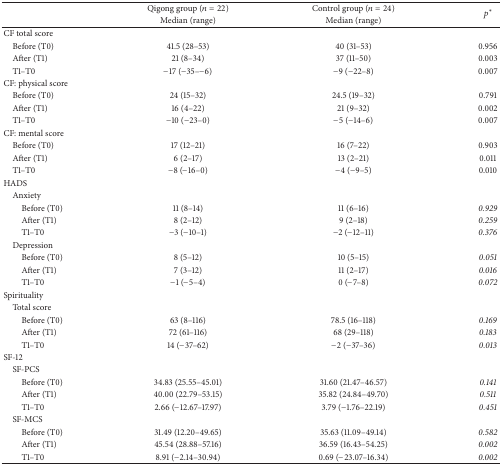
<table><thead><tr><td><b> </b></td><td><b>Qigong group (<i>n</i> = 22)</b></td><td><b>Control group (<i>n</i> = 24)</b></td><td rowspan="2"><b><i>p</i><sup><i>∗</i></sup></b></td></tr><tr><td><b> </b></td><td><b>Median (range)</b></td><td><b>Median (range)</b></td></tr></thead><tbody><tr><td>CF total score</td><td> </td><td> </td><td> </td></tr><tr><td> Before (T0)</td><td>41.5 (28–53)</td><td>40 (31–53)</td><td>0.956</td></tr><tr><td> After (T1)</td><td>21 (8–34)</td><td>37 (11–50)</td><td>0.003</td></tr><tr><td> T1–T0</td><td>−17 (−35–−6)</td><td>−9 (−22–8)</td><td>0.007</td></tr><tr><td>CF: physical score </td><td> </td><td> </td><td> </td></tr><tr><td> Before (T0)</td><td>24 (15–32)</td><td>24.5 (19–32)</td><td>0.791</td></tr><tr><td> After (T1)</td><td>16 (4–22)</td><td>21 (9–32)</td><td>0.002</td></tr><tr><td> T1–T0</td><td>−10 (−23–0)</td><td>−5 (−14–6)</td><td>0.007</td></tr><tr><td>CF: mental score </td><td> </td><td> </td><td> </td></tr><tr><td> Before (T0)</td><td>17 (12–21)</td><td>16 (7–22)</td><td>0.903</td></tr><tr><td> After (T1)</td><td>6 (2–17)</td><td>13 (2–21)</td><td>0.011</td></tr><tr><td> T1–T0</td><td>−8 (−16–0)</td><td>−4 (−9–5)</td><td>0.010</td></tr><tr><td>HADS</td><td> </td><td> </td><td> </td></tr><tr><td> Anxiety</td><td> </td><td> </td><td> </td></tr><tr><td>Before (T0)</td><td>11 (8–14)</td><td>11 (6–16)</td><td><i>0.929 </i></td></tr><tr><td>After (T1)</td><td>8 (2–12)</td><td>9 (2–18)</td><td><i>0.259 </i></td></tr><tr><td>T1–T0</td><td>−3 (−10–1)</td><td>−2 (−12–11)</td><td><i>0.376 </i></td></tr><tr><td> Depression</td><td> </td><td> </td><td> </td></tr><tr><td>Before (T0)</td><td>8 (5–12)</td><td>10 (5–15)</td><td><i>0.051 </i></td></tr><tr><td>After (T1)</td><td>7 (3–12)</td><td>11 (2–17)</td><td><i>0.016 </i></td></tr><tr><td>T1–T0</td><td>−1 (−5–4)</td><td>0 (−7–8)</td><td><i>0.072 </i></td></tr><tr><td>Spirituality</td><td> </td><td> </td><td> </td></tr><tr><td> Total score</td><td> </td><td> </td><td> </td></tr><tr><td>Before (T0)</td><td>63 (8–116)</td><td>78.5 (16–118)</td><td><i>0.169 </i></td></tr><tr><td>After (T1)</td><td>72 (61–116)</td><td>68 (29–118)</td><td><i>0.183 </i></td></tr><tr><td>T1–T0</td><td>14 (−37–62)</td><td>−2 (−37–36)</td><td><i>0.013 </i></td></tr><tr><td>SF-12</td><td> </td><td> </td><td> </td></tr><tr><td> SF-PCS</td><td> </td><td> </td><td> </td></tr><tr><td>Before (T0)</td><td>34.83 (25.55–45.01)</td><td>31.60 (21.47–46.57)</td><td><i>0.141 </i></td></tr><tr><td>After (T1)</td><td>40.00 (22.79–53.15)</td><td>35.82 (24.84–49.70)</td><td><i>0.511 </i></td></tr><tr><td>T1–T0</td><td>2.66 (−12.67–17.97)</td><td>3.79 (−1.76–22.19)</td><td><i>0.451 </i></td></tr><tr><td> SF-MCS</td><td> </td><td> </td><td> </td></tr><tr><td>Before (T0)</td><td>31.49 (12.20–49.65)</td><td>35.63 (11.09–49.14)</td><td><i>0.582 </i></td></tr><tr><td>After (T1)</td><td>45.54 (28.88–57.16)</td><td>36.59 (16.43–54.25)</td><td><i>0.002 </i></td></tr><tr><td>T1–T0</td><td>8.91 (−2.14–30.94)</td><td>0.69 (−23.07–16.34)</td><td><i>0.002 </i></td></tr></tbody></table>